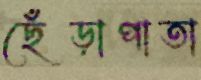
ছেঁড়াপাতা